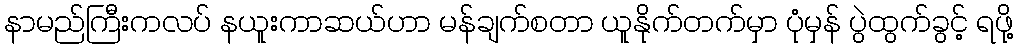
နာမည်ကြီးကလပ် နယူးကာဆယ်ဟာ မန်ချက်စတာ ယူနိုက်တက်မှာ ပုံမှန် ပွဲထွက်ခွင့် ရဖို့